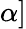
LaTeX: \alpha]